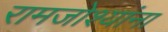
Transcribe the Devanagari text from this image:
रामजोश्यांना